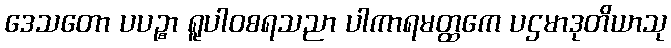
ဒေသတော ပပဉ္စာ ရူပါဝစရသညာ ပါကာရမတ္ထကေ ပဌမာဒုတိယာသု